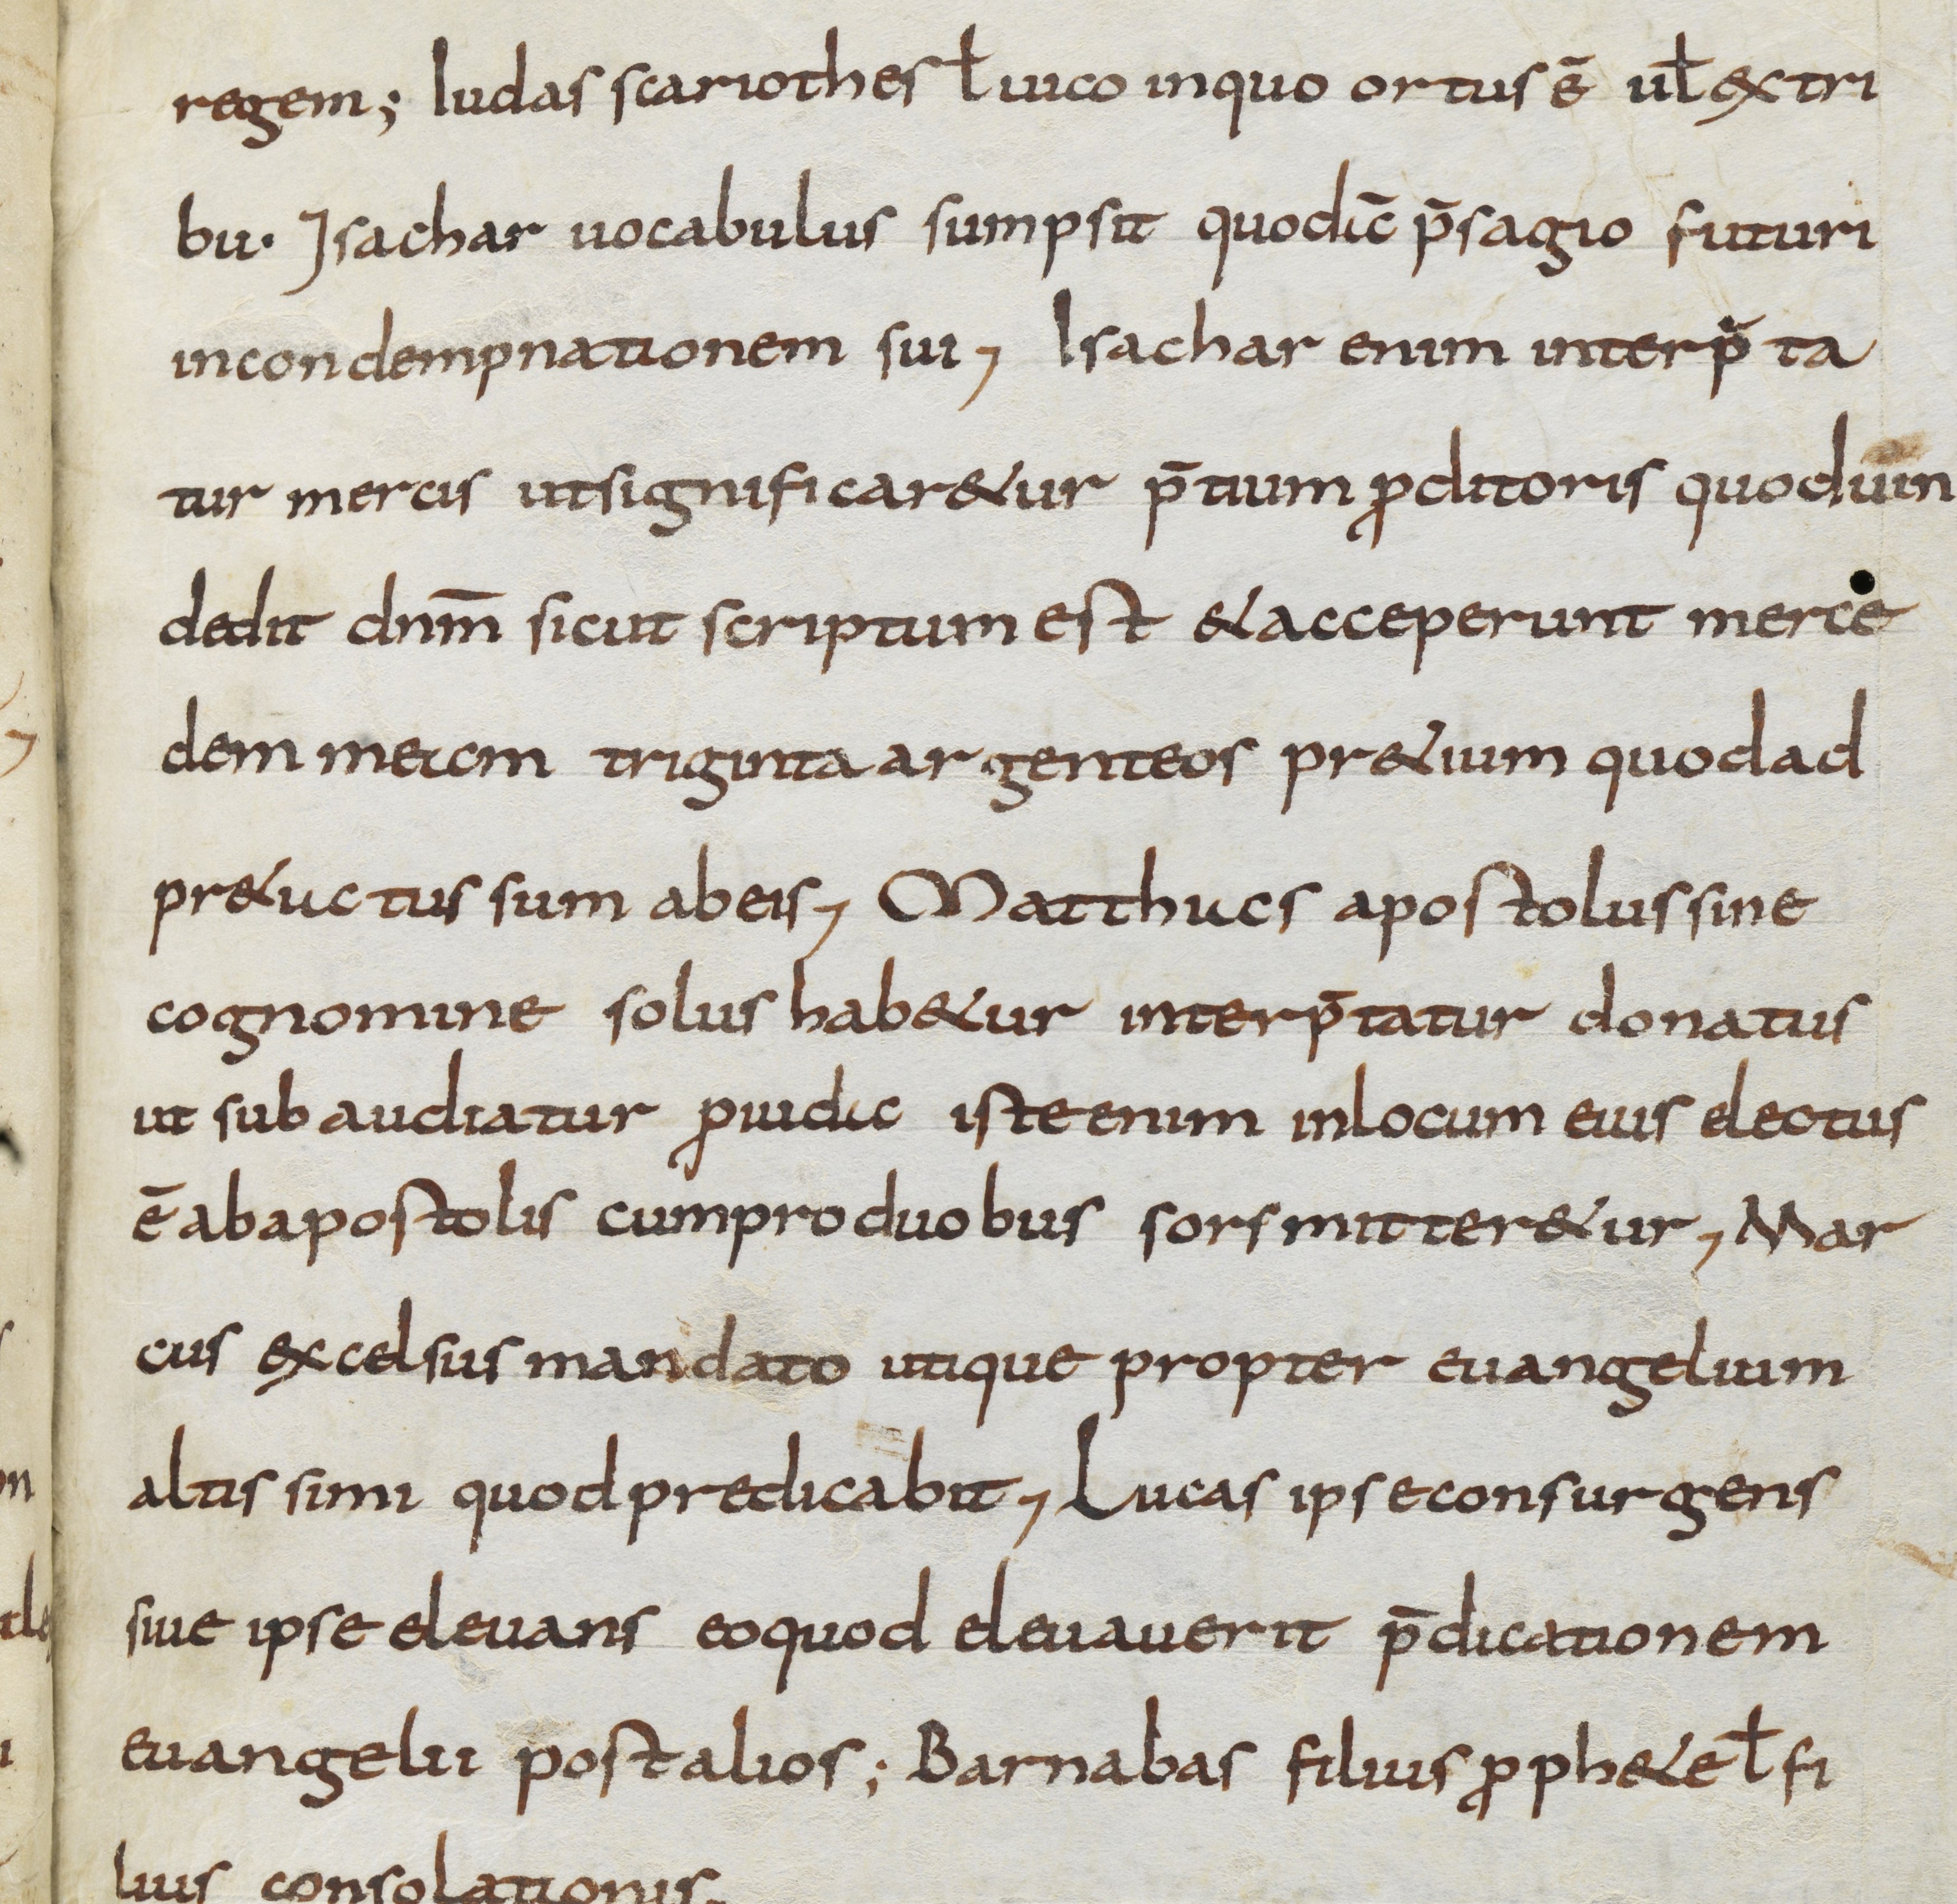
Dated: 800–999